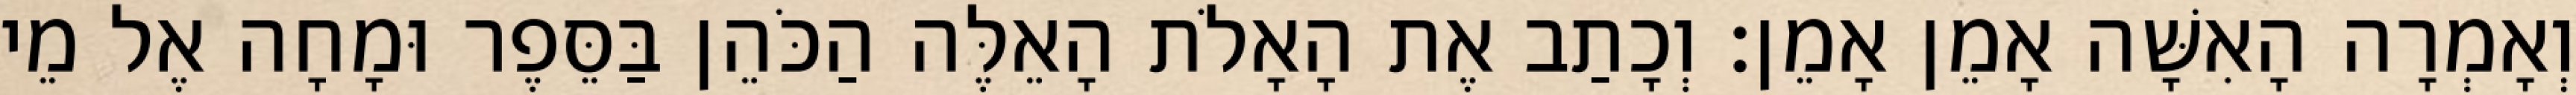
וְאָמְרָה הָאִשָּׁה אָמֵן אָמֵן׃ וְכָתַב אֶת הָאָלֹת הָאֵלֶּה הַכֹּהֵן בַּסֵּפֶר וּמָחָה אֶל מֵי